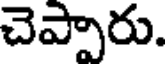
చెప్పారు.